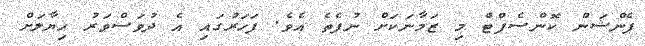
ޕެންޝަން ކޮންސެޕްޓް މި ޒަމާނަކަށް ނުފެތެ އެވެ. ފަހަރުގައި އެ ދުވަސްވަރު ހިޔާލަށް